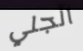
الجلي